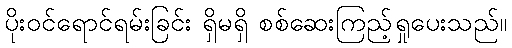
ပိုးဝင်ရောင်ရမ်းခြင်း ရှိမရှိ စစ်ဆေးကြည့်ရှုပေးသည်။